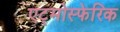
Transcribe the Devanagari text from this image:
एट्मोस्फेरिक